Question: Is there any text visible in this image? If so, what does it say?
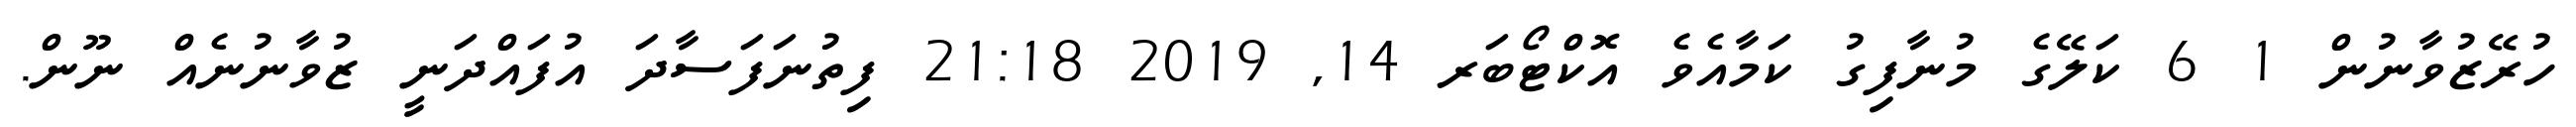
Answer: ހުރޭޒުވާނުން 1 6 ކަލޭގެ މުނާފިގު ކަމާއެވެ އޮކްޓޯބަރ 14, 2019 21:18 ފިތުނަފަސާދަ އުފައްދަނީ ޒުވާނުނެއް ނޫން.